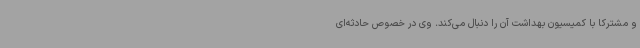
و مشترکا با کمیسیون بهداشت آن را دنبال می‌کند. وی در خصوص حادثه‌ای